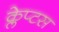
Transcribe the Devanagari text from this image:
क्लेप्टस